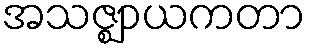
အသဇ္ဈာယကတာ